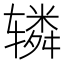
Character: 辚